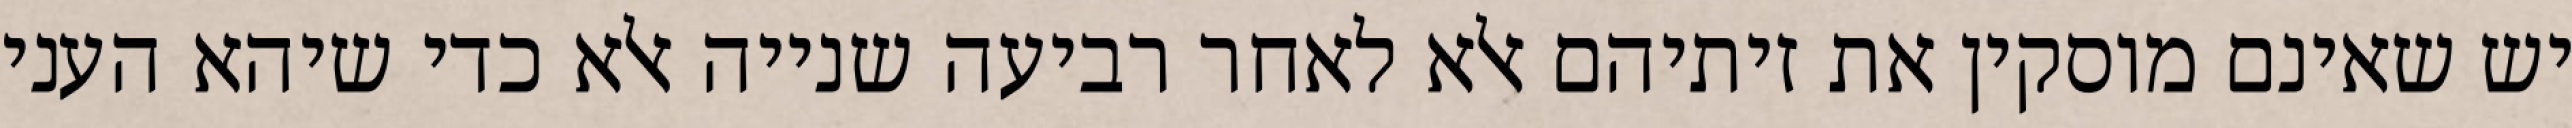
יש שאינם מוסקין את זיתיהם אלא לאחר רביעה שנייה אלא כדי שיהא העני